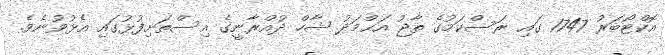
އޮކްޓޯބަރު 1747 ގައި ރަސްކަމުގެ ތާޖު އަޙްމަދު ޝާހް ދުއްރާނީގެ އިސްތަށިފުޅުގައި އެޅުވުނެވެ.